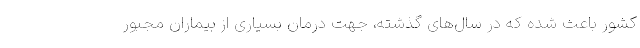
کشور باعث شده که در سال‌های گذشته، جهت درمان بسیاری از بیماران مجبور